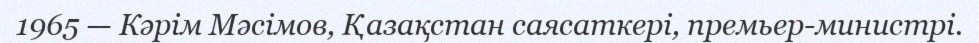
1965 — Кәрім Мәсімов, Қазақстан саясаткері, премьер-министрі.